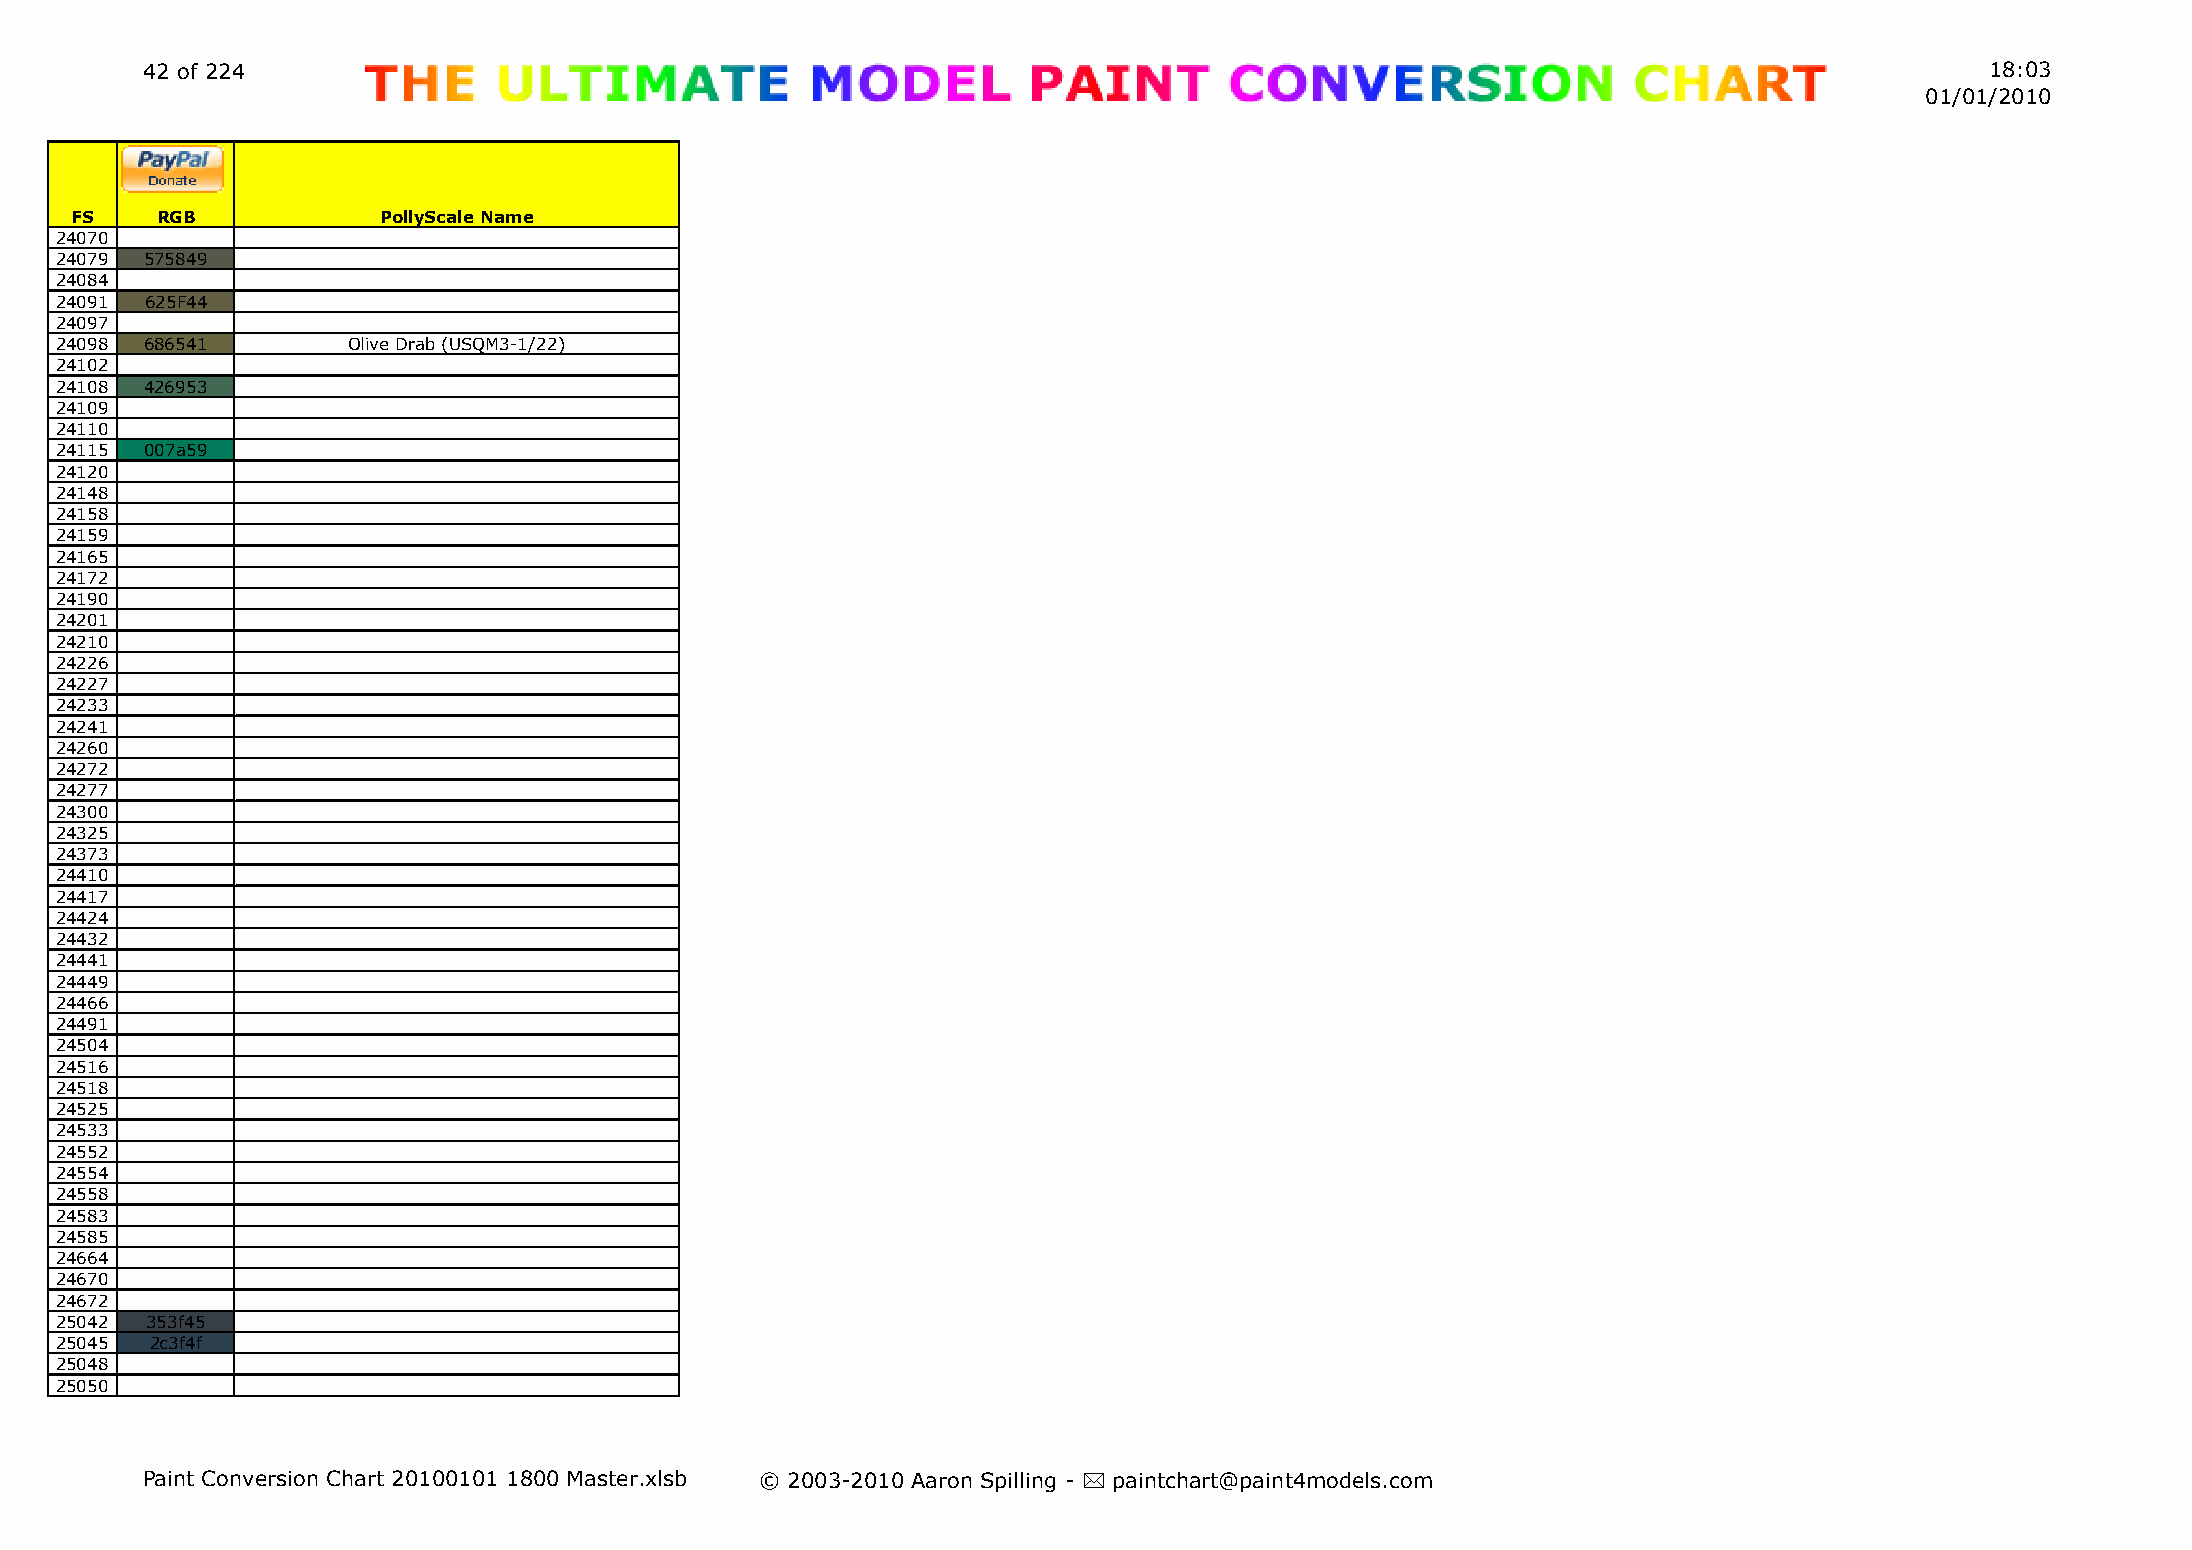
42 of 224                                                                                                                  18:03
 01/01/2010
 FS   RGB            PollyScale Name
 24070
 24079 575849
 24084
 24091 625F44
 24097
 24098 686541       Olive Drab (USQM3-1/22)
 24102
 24108 426953
 24109
 24110
 24115 007a59
 24120
 24148
 24158
 24159
 24165
 24172
 24190
 24201
 24210
 24226
 24227
 24233
 24241
 24260
 24272
 24277
 24300
 24325
 24373
 24410
 24417
 24424
 24432
 24441
 24449
 24466
 24491
 24504
 24516
 24518
 24525
 24533
 24552
 24554
 24558
 24583
 24585
 24664
 24670
 24672
 25042 353f45
 25045 2c3f4f
 25048
 25050
 Paint Conversion Chart 20100101 1800 Master.xlsb © 2003-2010 Aaron Spilling - * paintchart@paint4models.com